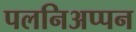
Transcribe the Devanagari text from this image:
पलनिअप्पन